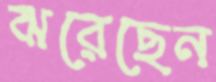
ঝরেছেন